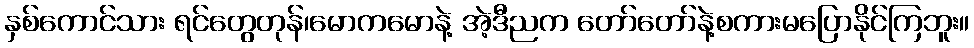
နှစ်ကောင်သား ရင်တွေတုန်၊မောကမောနဲ့ အဲ့ဒီညက တော်တော်နဲ့စကားမပြောနိုင်ကြဘူး။